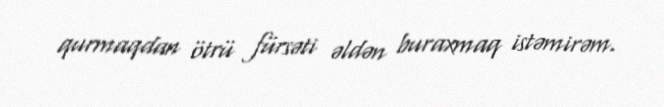
qurmaqdan ötrü fürsəti əldən buraxmaq istəmirəm.